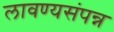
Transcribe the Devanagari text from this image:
लावण्यसंपन्न